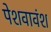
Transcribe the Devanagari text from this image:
पेशवावंश